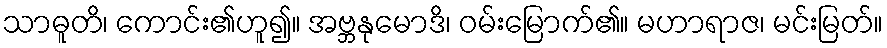
သာဓူတိ၊ ကောင်း၏ဟူ၍။ အဗ္ဘနုမောဒိ၊ ဝမ်းမြောက်၏။ မဟာရာဇ၊ မင်းမြတ်။